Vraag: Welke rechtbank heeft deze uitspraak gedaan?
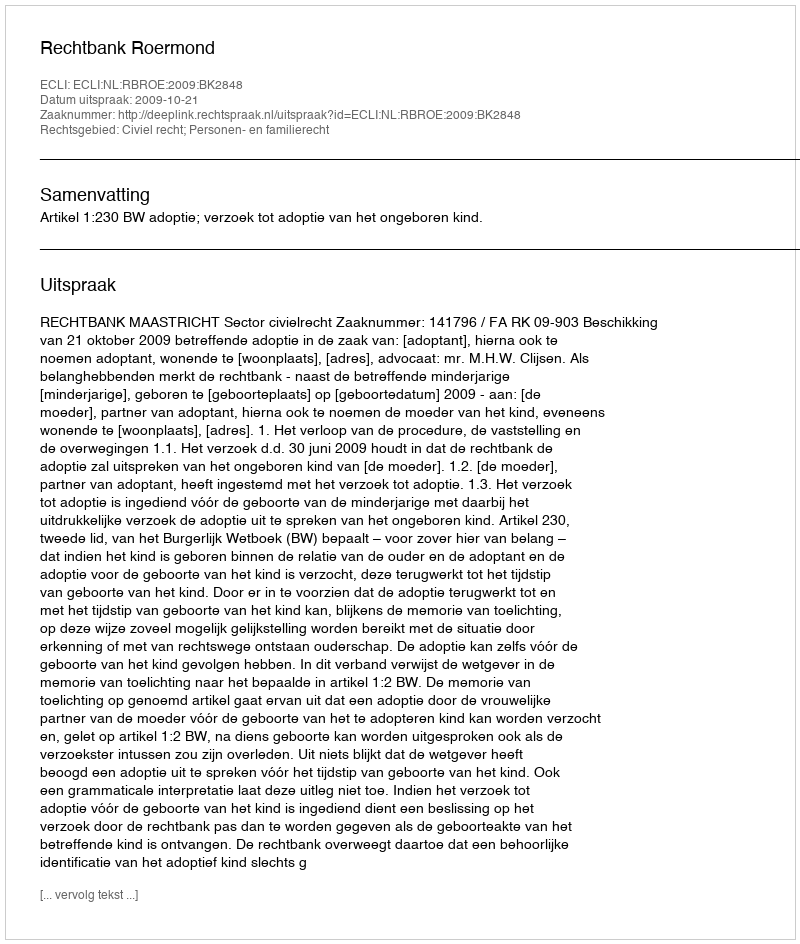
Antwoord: Rechtbank Roermond